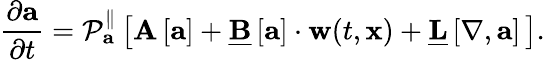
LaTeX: \frac{\partial\mathbf{a}}{\partial t}=\mathcal{P}_{\mathbf{a}}^{\parallel}\left[\mathbf{A}\left[\mathbf{a}\right]+\underline{{\mathbf{B}}}\left[\mathbf{a}\right]\cdot\mathbf{w}(t,\mathbf{x})+\underline{{\mathbf{L}}}\left[\mathbf{\nabla},\mathbf{a}\right]\, \right].